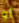
أو